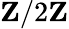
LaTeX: \mathbf{Z}/2\mathbf{Z}